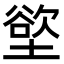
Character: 𫮟